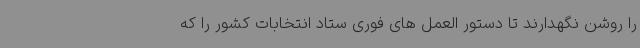
را روشن نگهدارند تا دستور العمل های فوری ستاد انتخابات کشور را که